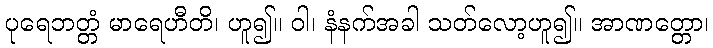
ပုရေဘတ္တံ မာရေဟီတိ၊ ဟူ၍။ ဝါ၊ နံနက်အခါ သတ်လော့ဟူ၍။ အာဏတ္တော၊